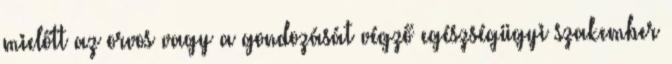
mielőtt az orvos vagy a gondozását végző egészségügyi szakember